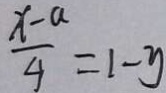
\frac { x - a } { 4 } = 1 - y